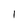
Character: l